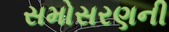
સમોસરણની